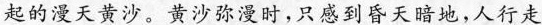
起的漫天黄沙，黄沙弥漫时，只感到昏天暗地，人行走